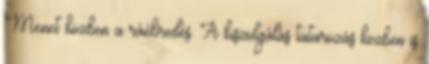
Menet közben a ráébredés. A kiszolgálás tatarozás közben is